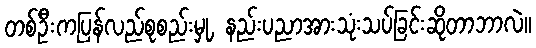
တစ်ဦးကပြန်လည်စုစည်းမှု, နည်းပညာအားသုံးသပ်ခြင်းဆိုတာဘာလဲ။